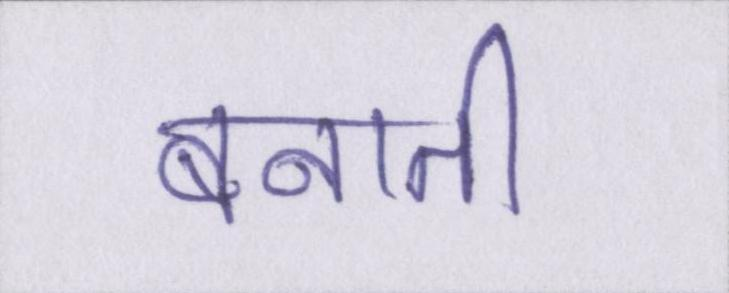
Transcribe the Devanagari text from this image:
बनाती